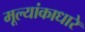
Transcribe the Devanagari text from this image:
मूल्यांकाधारे